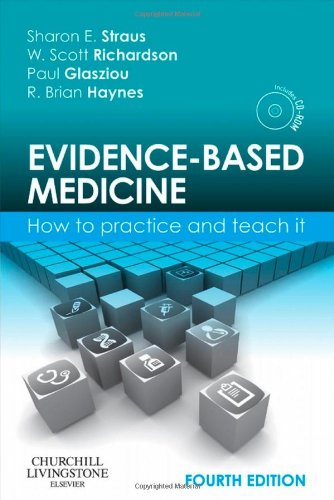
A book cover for Evidence-Based Medicine: How to Practice and Teach It, 4e (Straus, Evidence-Based Medicine); Sharon E. Straus MD; Medical Books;